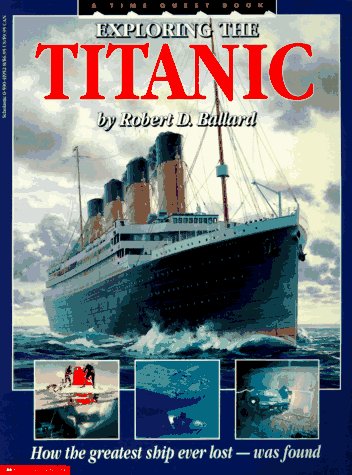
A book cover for Exploring the Titanic: How the Great Ship Ever Lost- Was Found; Robert D. Ballard; Children's Books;